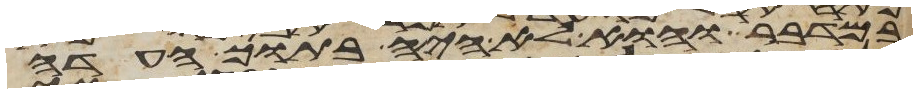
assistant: במדבר והוא לא היה בתוך העדה